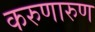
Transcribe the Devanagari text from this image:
करुणारुण